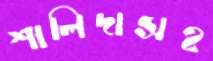
শালিদাসহ